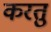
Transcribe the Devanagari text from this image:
करतु